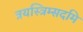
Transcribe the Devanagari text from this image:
त्रयस्त्रिम्सदमि